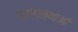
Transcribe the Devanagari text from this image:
प्रवास्थाओ